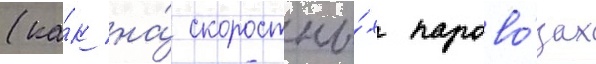
(ка́к на́ скоростны́х парово́зах